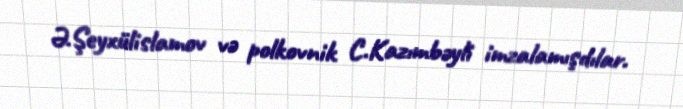
Ə.Şeyxülislamov və polkovnik C.Kazımbəyli imzalamışdılar.